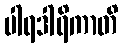
ပါရဒါရိကာတိ